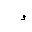
Letter: _waw